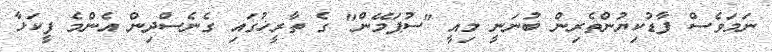
ނަމަވެސް ފާޑުކިޔުންތެރިން ބުނަނީ މިއީ "ސުޕަމޭން" ގެ ތާރީޚުގައި ގެނެސްދިން އެންމެ ފީކަޅާ